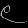
Digit: ၉